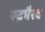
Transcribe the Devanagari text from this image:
रूद्रभैरव